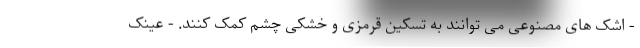
- اشک های مصنوعی می توانند به تسکین قرمزی و خشکی چشم کمک کنند. - عینک